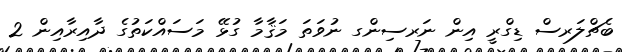
ބެޗްލަރސް ޑިގްރީ އިން ނަރސިންގ ނުވަތަ މަޤާމާ ގުޅޭ މަސައްކަތުގެ ދާއިރާއިން 2